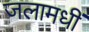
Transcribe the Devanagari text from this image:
जलामधीं